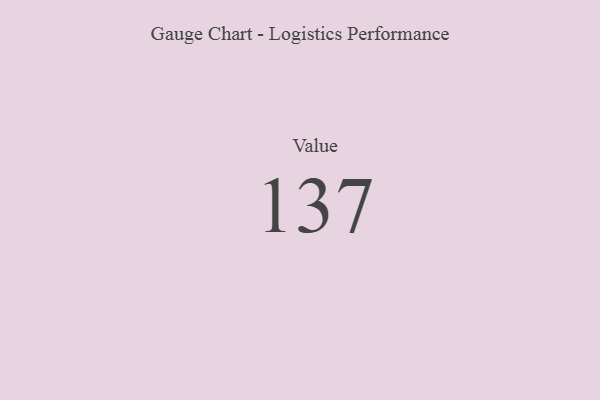
{"axis": {"x": "Metric", "y": "Value"}, "legend": [""], "data": [{"x": "Value", "y": 137, "type": ""}]}